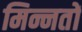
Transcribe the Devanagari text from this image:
मिन्नतों